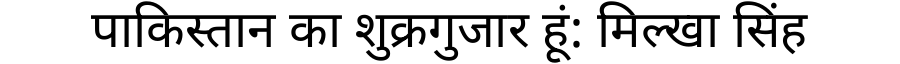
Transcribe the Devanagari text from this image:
पाकिस्तान का शुक्रगुजार हूं: मिल्खा सिंह